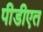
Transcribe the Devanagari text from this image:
पीडीएत